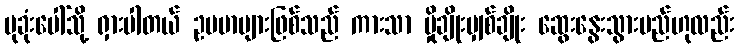
ပုခုံးပေါ်သို့ ရှားပါတယ် ဥပမာများဖြစ်သည် ကားသာ မှိုချိုးမျှစ်ချိုး ဆွေးနွေးသွားမည်ဟုလည်း